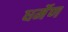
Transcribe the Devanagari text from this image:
धर्मेण